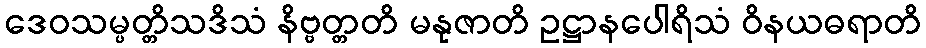
ဒေဝသမ္ပတ္တိသဒိသံ နိဗ္ဗတ္တတိ မနုဇာတိ ဥဋ္ဌာနပေါရိသံ ဝိနယဓရာတိ